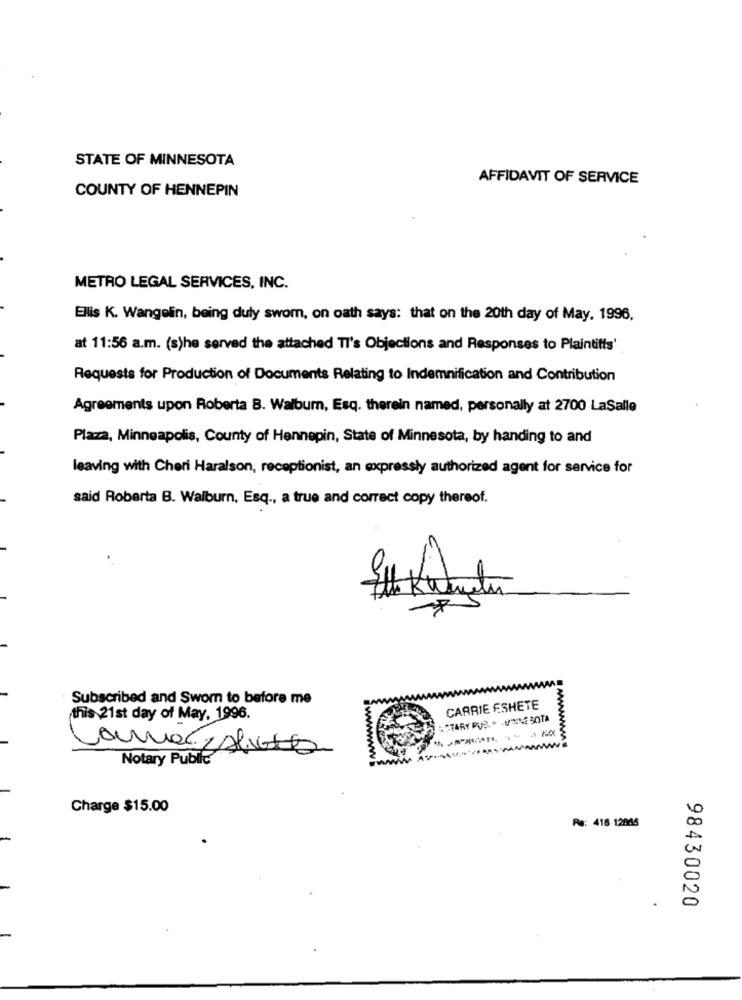
STATE OF MINNESOTA
AFFIDAVIT OF SERVICE
COUNTY OF HENNEPIN
METRO LEGAL SERVICES, INC.
Ellis K. Wangelin, being duly swom, on oath says: that on the 20th day of May. 1996.
at 11:56 a.m. (s)he served the attached TI's Objections and Responses to Plaintiffs'
Requests for Production of Documents Relating to Indemnification and Contribution
Agreements upon Roberta B. Walbum, Esq. therein named, personally at 2700 LaSalle
Plaza, Minneapolis, County of Hennepin, State of Minnesota, by handing to and
leaving with Cheri Haralson, receptionist, an expressly authorized agent for service for
said Roberta B. Walburn, Esq ., a true and correct copy thereof.
Subscribed and Sworn to before me
CARRIE ESHETE
this 21st day of May, 1996.
:STARY PUEL VENE SOTA
Notary Public
Charge $15.00
Re: 416 12055
98430020